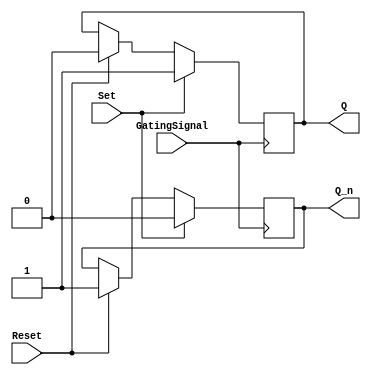
module Gated_SR_FF (
    input Set,
    input Reset,
    input GatingSignal,
    output reg Q,
    output reg Q_n
);

always @ (posedge GatingSignal) begin
    if (GatingSignal) begin
        if (Set) begin
            Q <= 1;
            Q_n <= 0;
        end
        else if (Reset) begin
            Q <= 0;
            Q_n <= 1;
        end
    end
end

endmodule